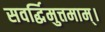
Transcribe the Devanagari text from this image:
सवर्द्धिमुत्तमाम्‌।